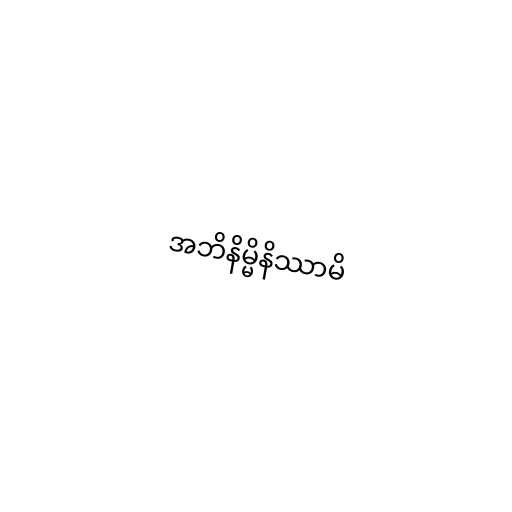
အဘိနိမ္မိနိဿာမိ